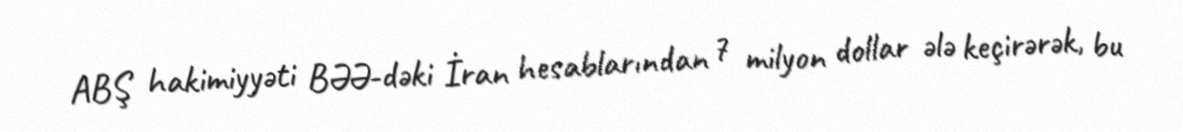
ABŞ hakimiyyəti BƏƏ-dəki İran hesablarından 7 milyon dollar ələ keçirərək, bu